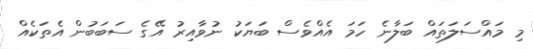
މި މައްސަލަތައް ބަލާނެ ހަމަ އެއްވެސް ބަޔަކު ނުވާއިރު އޭގެ ސަބަބުން އެތަކެއް